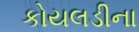
કોયલડીના